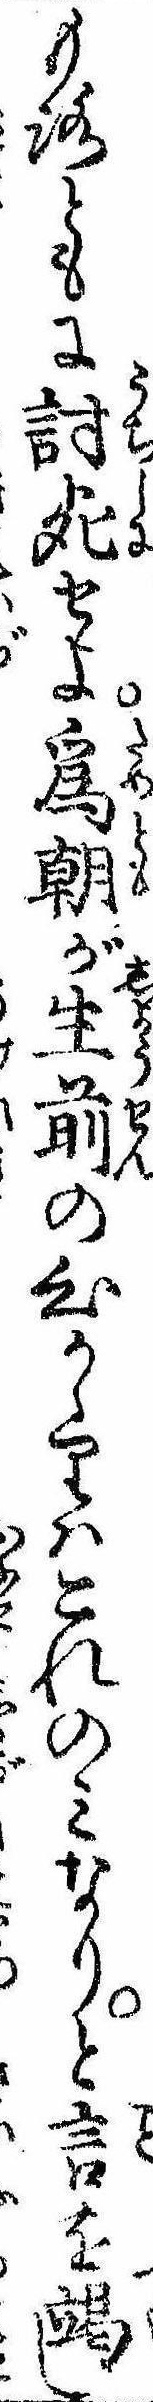
もろともに討死せよ為朝が生前の心かゝりはこれのみなりと言を竭し